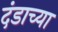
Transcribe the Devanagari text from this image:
दंडाच्या